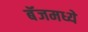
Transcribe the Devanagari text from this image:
बॅजमध्ये